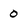
Character: 0